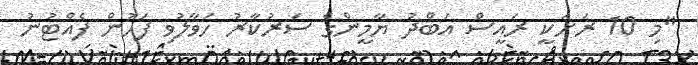
"މި 10 ރަށަކީ ރައީސް އަބްދު ޔާމީންގެ ސަރުކާރު ހަވާލުވި ފަހުން ފެއްޓުނު